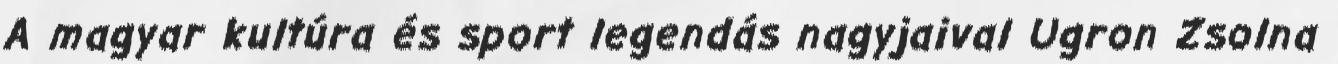
A magyar kultúra és sport legendás nagyjaival Ugron Zsolna